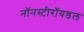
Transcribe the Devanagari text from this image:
नॉनस्टीरॉयडल